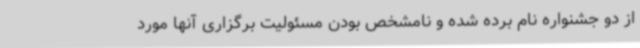
از دو جشنواره نام برده شده و نامشخص بودن مسئولیت برگزاری آنها مورد